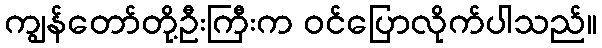
ကျွန်တော်တို့ဦးကြီးက ဝင်ပြောလိုက်ပါသည်။